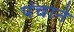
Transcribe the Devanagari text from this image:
पंचाने